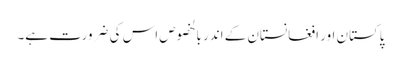
پاکستان اور افغانستان کے اندر بالخصوص اس کی ضرورت ہے۔